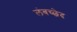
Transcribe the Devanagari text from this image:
लंबच्छेद